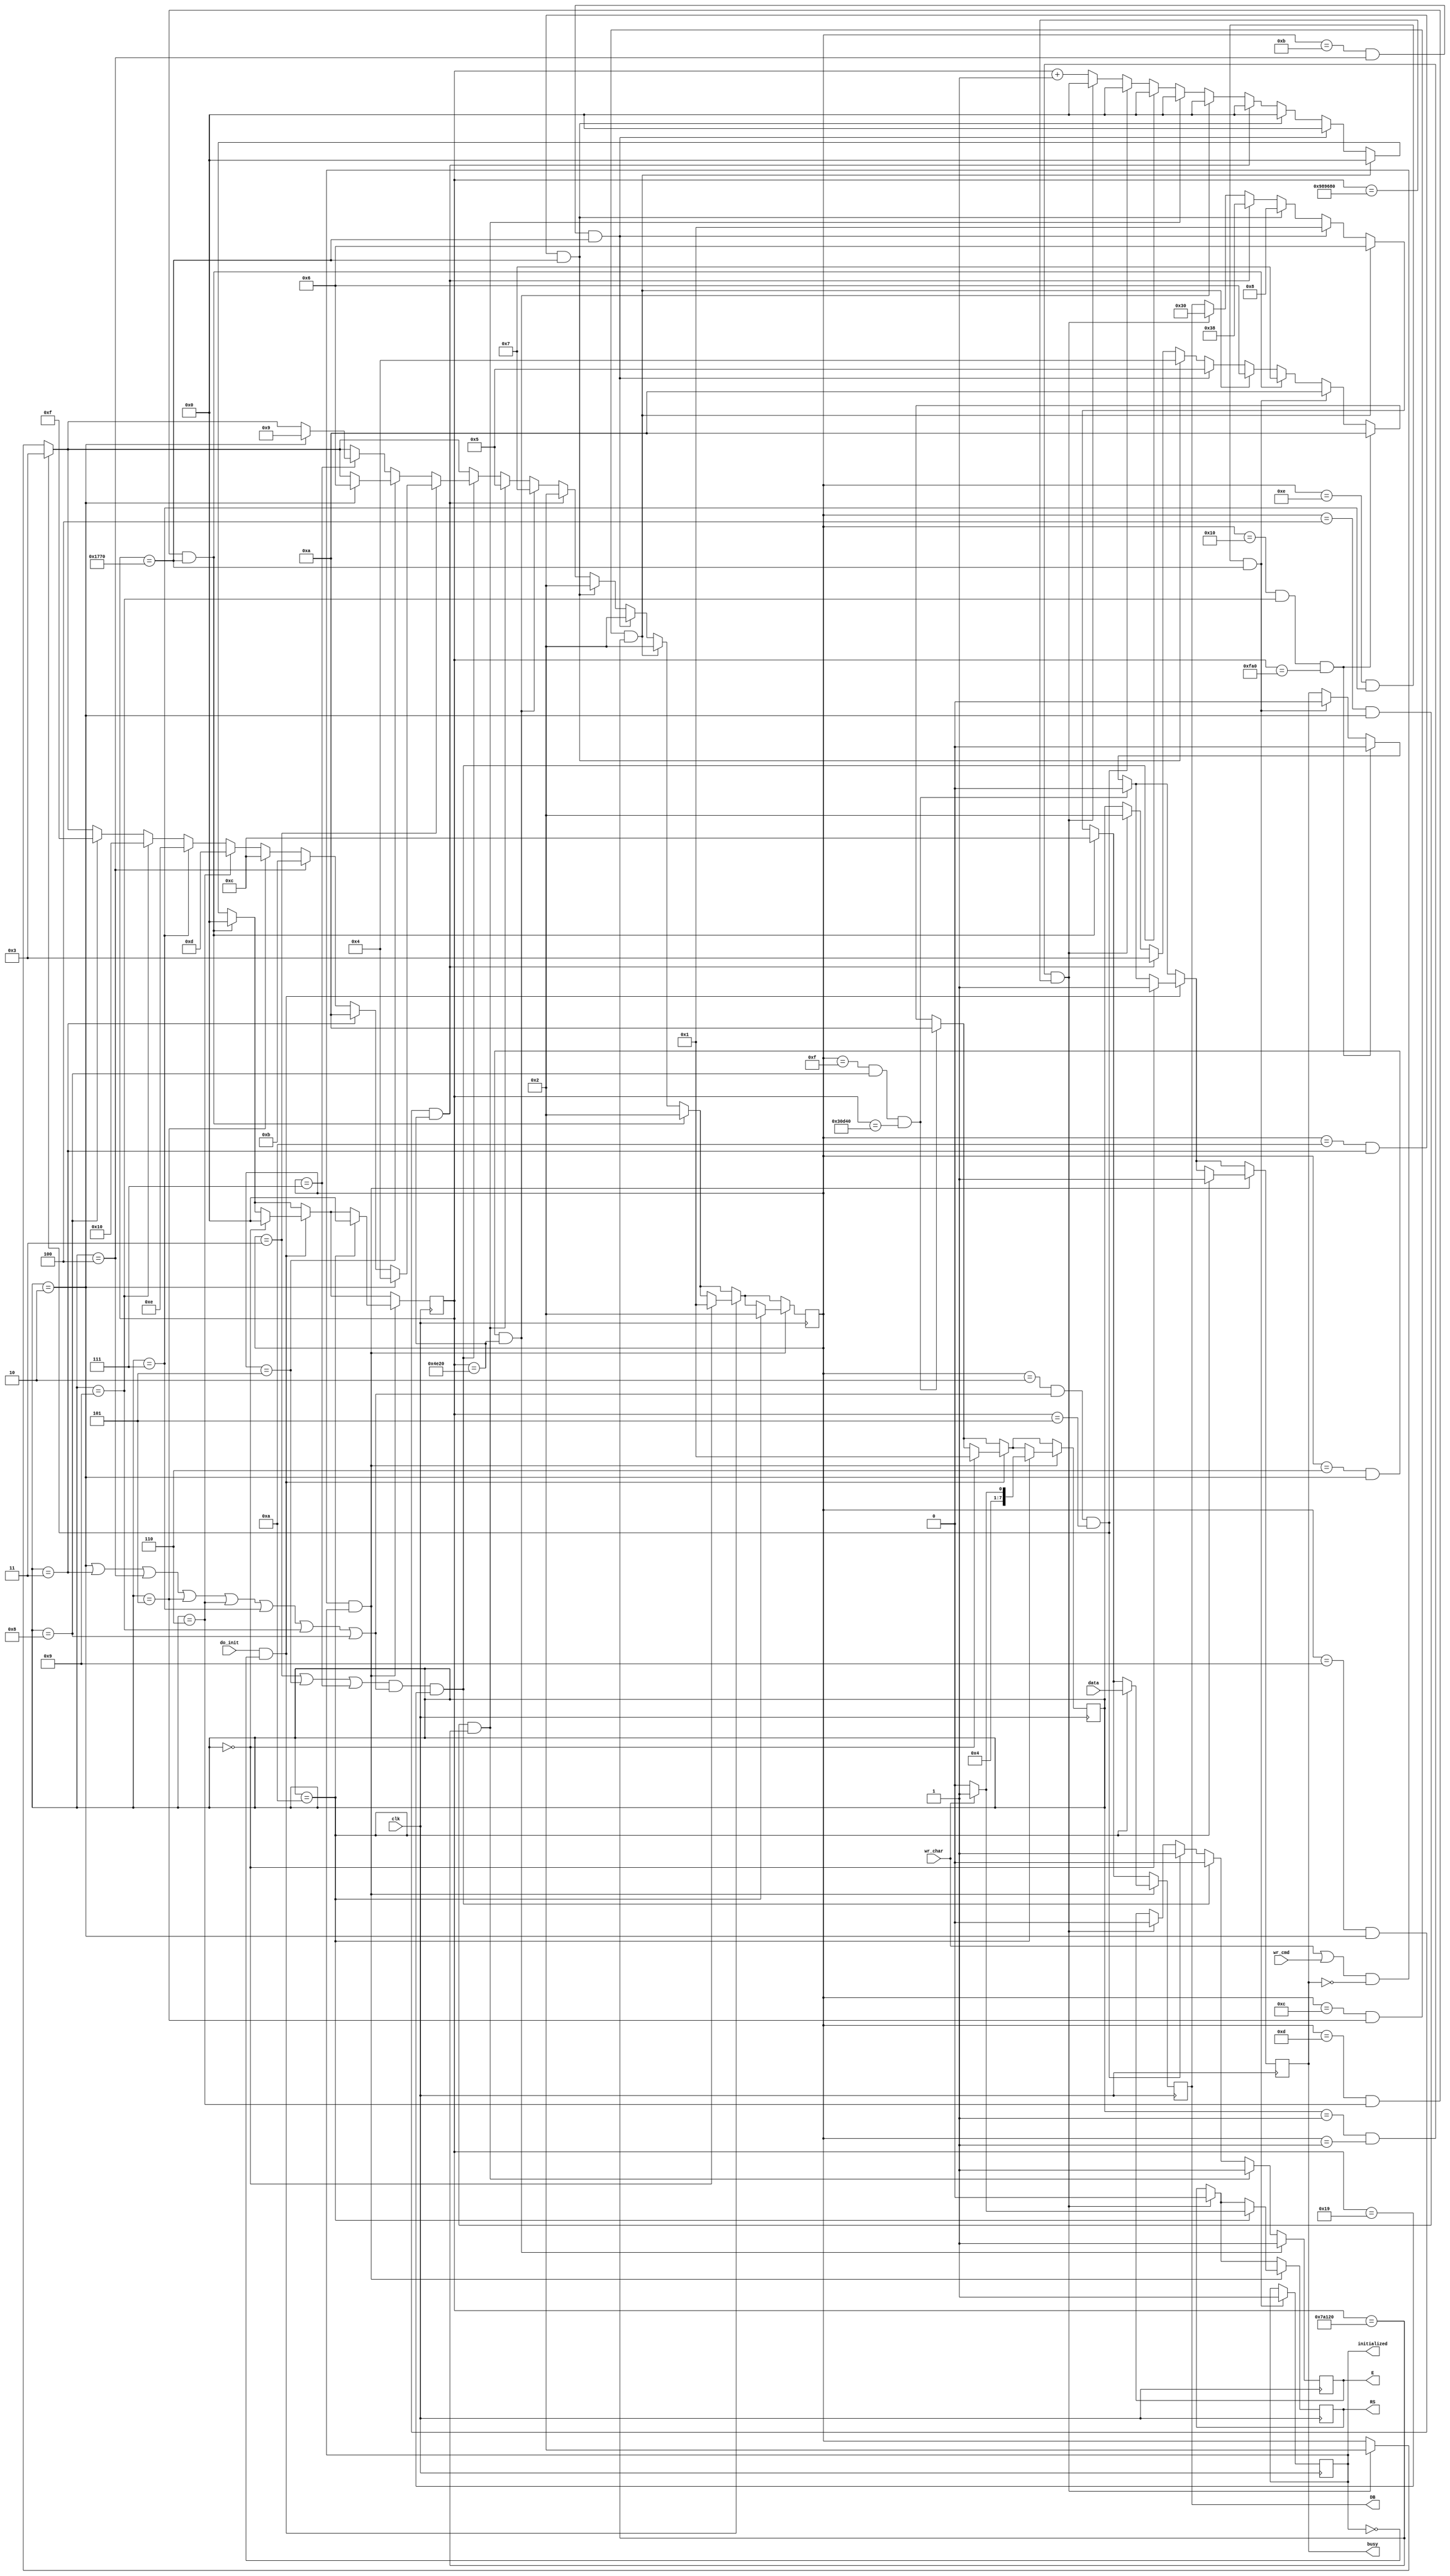
/* verilator lint_off REALCVT */
`default_nettype none

// this is based on http://robotics.hobbizine.com/fpgalcd.html

module lcd_hd44780(
                   input            clk,
                   output reg       RS,
                   output reg       E,
                   output reg [7:0] DB,
                   input [7:0]      data, // data to write (character address or command)
                   input            do_init, // perform initialization
                   input            wr_cmd, // send command
                   input            wr_char, // write character
                   output reg       initialized, // 1 - LCD initialized
                   output reg       busy // 1 - is not ready to accept data
                   );

   parameter CLK_FREQ = 100000000;

   localparam integer               D_50ns  = 0.000000050 * CLK_FREQ;
   localparam integer               D_250ns = 0.000000250 * CLK_FREQ;

   localparam integer               D_40us  = 0.000040000 * CLK_FREQ;
   localparam integer               D_60us  = 0.000060000 * CLK_FREQ;
   localparam integer               D_200us = 0.000200000 * CLK_FREQ;

   localparam integer               D_2ms   = 0.002000000 * CLK_FREQ;
   localparam integer               D_5ms   = 0.005000000 * CLK_FREQ;
   localparam integer               D_100ms = 0.100000000 * CLK_FREQ;

   localparam STATE_UNDEFINED             = 8'b00000000;
   localparam STATE_INIT_START            = 8'b00000001;
   localparam STATE_EN_TRIGGERED_1        = 8'b00000010;
   localparam STATE_EN_TRIGGERED_2        = 8'b00000011;
   localparam STATE_EN_TRIGGERED_3        = 8'b00000100;
   localparam STATE_EN_TRIGGERED_4        = 8'b00000101;
   localparam STATE_EN_TRIGGERED_5        = 8'b00000110;
   localparam STATE_EN_TRIGGERED_6        = 8'b00000111;
   localparam STATE_FUNCTION_SET_LOADING  = 8'b00001000;
   localparam STATE_CONFIGURATION_LOADING = 8'b00001001;
   localparam STATE_DISP_OFF_LOADING      = 8'b00001010;
   localparam STATE_CLEAR_LOADING         = 8'b00001011;
   localparam STATE_ENTRY_MODE_LOADING    = 8'b00001100;
   localparam STATE_DISP_ON_LOADING       = 8'b00001101;
   localparam STATE_DISP_ON_ENABLED       = 8'b00001110;
   localparam STATE_CMD_WRITTEN           = 8'b00001111;
   localparam STATE_CHAR_WRITTEN          = 8'b00010000;

   localparam ACT_IDLE                  = 8'b00000000;
   localparam ACT_INIT_STARTING         = 8'b00000001;
   localparam ACT_FUNCTION_SET_LOADING  = 8'b00000010;
   localparam ACT_CONFIGURATION_LOADING = 8'b00000011;
   localparam ACT_DISP_OFF_LOADING      = 8'b00000100;
   localparam ACT_CLEAR_LOADING         = 8'b00000101;
   localparam ACT_ENTRY_MODE_LOADING    = 8'b00000110;
   localparam ACT_DISP_ON_LOADING       = 8'b00000111;
   localparam ACT_WRITING_CMD           = 8'b00001000;
   localparam ACT_WRITING_CHAR          = 8'b00001001;
   localparam ACT_READY                 = 8'b00001010;

   reg [7:0]                        cur_action;
   reg [7:0]                        next_state;
   reg [31:0]                       cnt;

   initial begin
      // setting signals to their defaults
      RS = 1'b0;
      E = 1'b0;
      DB = 8'b00000000;

      cur_action = ACT_IDLE;
      next_state = STATE_INIT_START;

      busy = 1'b0;
      initialized = 1'b0;
   end

   always @(posedge clk) begin
      // always increment counter
      cnt <= cnt + 32'h1;

      // STATE00
      // performs initialization at the right moment (100ms after request)
      if ((cur_action == ACT_INIT_STARTING) &&
          (next_state == STATE_INIT_START) &&
          (cnt == D_100ms)
          ) begin
         // pull RS low to indicate instruction
         RS <= 1'b0;
         // set data to Function Set instruction
         DB <= 8'b00110000;
         // enable should be 0
         E <= 1'b0;

         // raise and lower the enable pin three times to enter the
         // Function Set instruction that was loaded to the databus
         cur_action <= ACT_FUNCTION_SET_LOADING;
         next_state <= STATE_EN_TRIGGERED_1;
         cnt <= 32'h0;
      end

      // STATE01, STATE08, STATE11, STATE14, STATE17, STATE_20, STATE24
      if ((next_state == STATE_EN_TRIGGERED_1) &&
          ((cur_action == ACT_FUNCTION_SET_LOADING) ||
           (cur_action == ACT_CONFIGURATION_LOADING) ||
           (cur_action == ACT_DISP_OFF_LOADING) ||
           (cur_action == ACT_CLEAR_LOADING) ||
           (cur_action == ACT_ENTRY_MODE_LOADING) ||
           (cur_action == ACT_DISP_ON_LOADING) ||
           (cur_action == ACT_WRITING_CHAR) ||
           (cur_action == ACT_WRITING_CMD)) &&
          (cnt == D_50ns)) begin
         E <= 1'b1;
         next_state <= STATE_EN_TRIGGERED_2;
         cnt <= 32'h0;
      end

      // STATE02, STATE04, STATE06, STATE09, STATE12, STATE15, STATE18, STATE21, STATE24
      if (((next_state == STATE_EN_TRIGGERED_2) ||
           (next_state == STATE_EN_TRIGGERED_4) ||
           (next_state == STATE_EN_TRIGGERED_6)) &&
          ((cur_action == ACT_FUNCTION_SET_LOADING) ||
           (cur_action == ACT_CONFIGURATION_LOADING) ||
           (cur_action == ACT_DISP_OFF_LOADING) ||
           (cur_action == ACT_CLEAR_LOADING) ||
           (cur_action == ACT_ENTRY_MODE_LOADING) ||
           (cur_action == ACT_DISP_ON_LOADING) ||
           (cur_action == ACT_WRITING_CHAR) ||
           (cur_action == ACT_WRITING_CMD)) &&
          (cnt == D_250ns)) begin
         E <= 1'b0;

         if (next_state == STATE_EN_TRIGGERED_2) begin
            if (cur_action == ACT_FUNCTION_SET_LOADING) begin
               next_state <= STATE_EN_TRIGGERED_3;
            end else if (cur_action == ACT_CONFIGURATION_LOADING) begin
               next_state <= STATE_DISP_OFF_LOADING;
            end else if (cur_action == ACT_DISP_OFF_LOADING) begin
               next_state <= STATE_CLEAR_LOADING;
            end else if (cur_action == ACT_CLEAR_LOADING) begin
               next_state <= STATE_ENTRY_MODE_LOADING;
            end else if (cur_action == ACT_ENTRY_MODE_LOADING) begin
               next_state <= STATE_DISP_ON_LOADING;
            end else if (cur_action == ACT_DISP_ON_LOADING) begin
               next_state <= STATE_DISP_ON_ENABLED;
            end else if (cur_action == ACT_WRITING_CHAR) begin
               next_state <= STATE_CHAR_WRITTEN;
            end else if (cur_action == ACT_WRITING_CMD) begin
               next_state <= STATE_CMD_WRITTEN;
            end
         end else if (next_state == STATE_EN_TRIGGERED_4) begin
            if (cur_action == ACT_FUNCTION_SET_LOADING) begin
               next_state <= STATE_EN_TRIGGERED_5;
            end
         end else if (next_state == STATE_EN_TRIGGERED_6) begin
            if (cur_action == ACT_FUNCTION_SET_LOADING) begin
               next_state <= STATE_CONFIGURATION_LOADING;
            end
         end

         cnt <= 32'h0;
      end

      // STATE03
      if ((next_state == STATE_EN_TRIGGERED_3) &&
          (cur_action == ACT_FUNCTION_SET_LOADING) &&
          (cnt == D_5ms)) begin
         E <= 1'b1;
         next_state <= STATE_EN_TRIGGERED_4;
         cnt <= 32'h0;
      end

      // STATE05
      if ((next_state == STATE_EN_TRIGGERED_5) &&
          (cur_action == ACT_FUNCTION_SET_LOADING) &&
          (cnt == D_200us)) begin
         E <= 1'b1;
         next_state <= STATE_EN_TRIGGERED_6;
         cnt <= 32'h0;
      end

      // STATE07
      if ((next_state == STATE_CONFIGURATION_LOADING) &&
          (cur_action == ACT_FUNCTION_SET_LOADING) &&
          (cnt == D_200us)) begin
         // Configuration: 8-bit, 2 lines, 5x7 font 
         DB <= 8'b00111000;
         cur_action <= ACT_CONFIGURATION_LOADING;
         next_state <= STATE_EN_TRIGGERED_1;
         cnt <= 32'h0;
      end

      // STATE10
      if ((next_state == STATE_DISP_OFF_LOADING) &&
          (cur_action == ACT_CONFIGURATION_LOADING) &&
          (cnt == D_60us)) begin
         // Display Off command
         DB <= 8'b00001000;
         cur_action <= ACT_DISP_OFF_LOADING;
         next_state <= STATE_EN_TRIGGERED_1;
         cnt <= 32'h0;
      end

      // STATE13
      if ((next_state == STATE_CLEAR_LOADING) &&
          (cur_action == ACT_DISP_OFF_LOADING) &&
          (cnt == D_60us)) begin
         // Clear command
         DB <= 8'b00000001;
         cur_action <= ACT_CLEAR_LOADING;
         next_state <= STATE_EN_TRIGGERED_1;
         cnt <= 32'h0;
      end

      // STATE16
      if ((next_state == STATE_ENTRY_MODE_LOADING) &&
          (cur_action == ACT_CLEAR_LOADING) &&
          (cnt == D_5ms)) begin
         // Entry Mode: cursor moves, display stands still
         DB <= 8'b00000110;
         cur_action <= ACT_ENTRY_MODE_LOADING;
         next_state <= STATE_EN_TRIGGERED_1;
         cnt <= 32'h0;
      end

      // STATE19
      if ((next_state == STATE_DISP_ON_LOADING) &&
          (cur_action == ACT_ENTRY_MODE_LOADING) &&
          (cnt == D_60us)) begin
         // Display On
         DB <= 8'b00001100;
         cur_action <= ACT_DISP_ON_LOADING;
         next_state <= STATE_EN_TRIGGERED_1;
         cnt <= 32'h0;
      end

      // STATE22
      if ((next_state == STATE_DISP_ON_ENABLED) &&
          (cur_action == ACT_DISP_ON_LOADING) &&
          (cnt == D_60us)) begin
         // set output ports accordingly
         initialized <= 1'b1;
         busy <= 1'b0;

         cur_action <= ACT_READY;
      end

      // STATE25_1
      if ((next_state == STATE_CHAR_WRITTEN) &&
          (cur_action == ACT_WRITING_CHAR) &&
          (cnt == D_40us)) begin
         // set output ports accordingly
         busy <= 1'b0;

         cur_action <= ACT_READY;
      end

      // STATE25_2
      if ((next_state == STATE_CMD_WRITTEN) &&
          (cur_action == ACT_WRITING_CMD) &&
          (cnt == D_2ms)) begin
         // set output ports accordingly
         busy <= 1'b0;

         cur_action <= ACT_READY;
      end

      // start initialization when requested
      if (do_init && !initialized) begin
         if (cur_action == ACT_IDLE) begin
            busy <= 1'b1;
            cur_action <= ACT_INIT_STARTING;
            next_state <= STATE_INIT_START;
            cnt <= 32'h0;
         end
      end

      // begin to write data when requested
      if ((wr_char || wr_cmd) && !busy && initialized) begin
         if (cur_action == ACT_READY) begin
            // STATE23
            busy <= 1'b1;
            // read the data value input
            DB <= data[7:0];
            if (wr_char) begin
               RS <= 1'b1;
               cur_action <= ACT_WRITING_CHAR;
            end else begin
               RS <= 1'b0;
               cur_action <= ACT_WRITING_CMD;
            end
            next_state <= STATE_EN_TRIGGERED_1;
            cnt <= 32'h0;
         end
      end
   end

endmodule